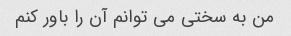
من به سختی می توانم آن را باور کنم